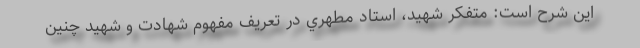
این شرح است: متفکر شهيد، استاد مطهري در تعريف مفهوم شهادت و شهيد چنين